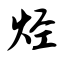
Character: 烃